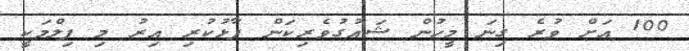
100 އަށް ވުރެ ގިނަ މީހުން ޝައުގުވެރިކަން ފާޅުކުރި އިރު މި ފިލްމަކީ